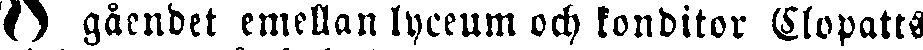
I gåendet emellan lyceum och konditor Clopatts